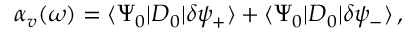
\alpha _ { v } ( \omega ) = \langle \Psi _ { 0 } | D _ { 0 } | \delta \psi _ { + } \rangle + \langle \Psi _ { 0 } | D _ { 0 } | \delta \psi _ { - } \rangle \, ,